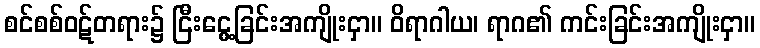
စင်စစ်ဝဋ်တရား၌ ငြီးငွေ့ခြင်းအကျိုးငှာ။ ဝိရာဂါယ၊ ရာဂ၏ ကင်းခြင်းအကျိုးငှာ။